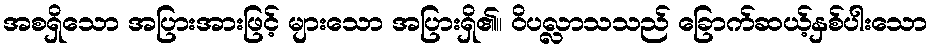
အစရှိသော အပြားအားဖြင့် များသော အပြားရှိ၏။ ဝိပလ္လာသသည် ခြောက်ဆယ့်နှစ်ပါးသော